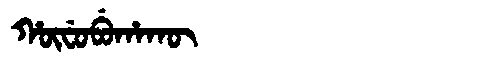
Manchu: ᡥᡡᠸᡠᠪᡠᡥᠠᡴᡡ
Romanization: HŪFUBUHAKŪ